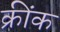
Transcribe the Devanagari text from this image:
क्रींक